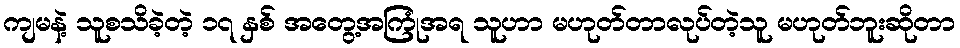
ကျမနဲ့ သူစသိခဲ့တဲ့ ၁၇ နှစ် အတွေ့အကြုံအရ သူဟာ မဟုတ်တာလုပ်တဲ့သူ မဟုတ်ဘူးဆိုတာ